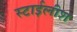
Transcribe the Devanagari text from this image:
स्टाईलीश